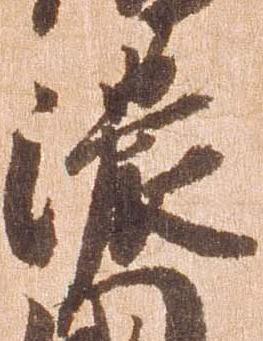
濃